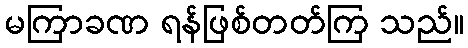
မကြာခဏ ရန်ဖြစ်တတ်ကြ သည်။